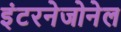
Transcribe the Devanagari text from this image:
इंटरनेजोनेल